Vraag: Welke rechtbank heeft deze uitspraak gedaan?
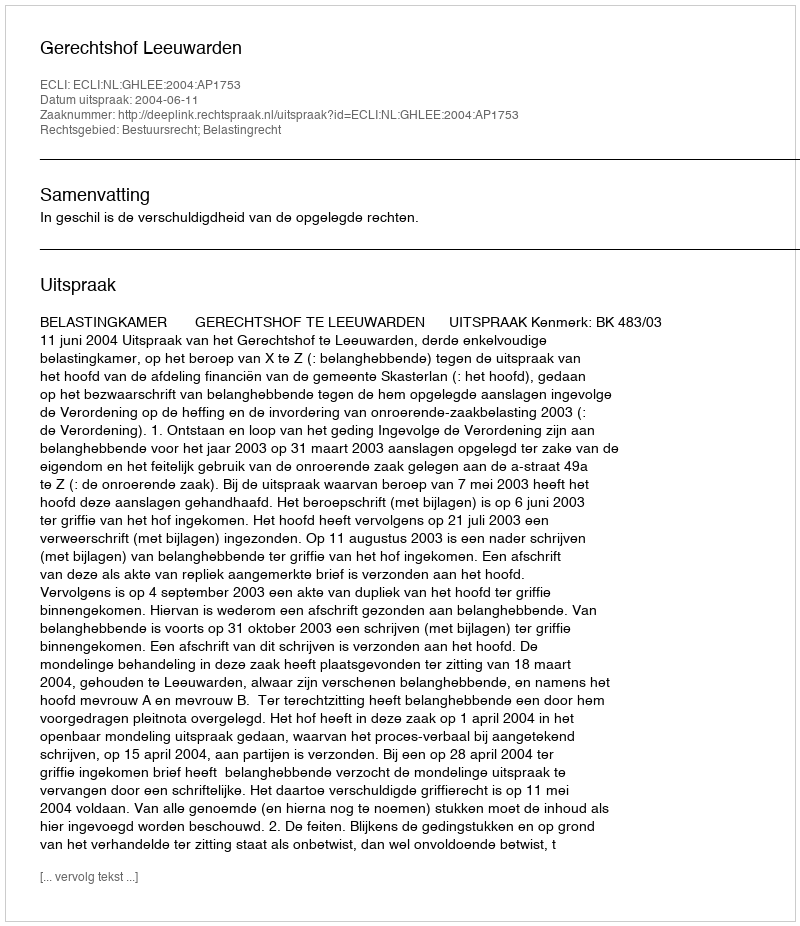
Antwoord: Gerechtshof Leeuwarden